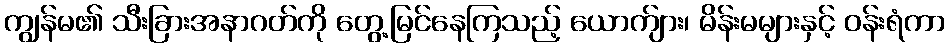
ကျွန်မ၏ သီးခြားအနာဂတ်ကို တွေ့မြင်နေကြသည့် ယောက်ျား၊ မိန်းမများနှင့် ဝန်းရံကာ